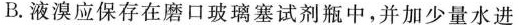
B.液溴应保存在磨口玻璃塞试剂瓶中，并加少量水进